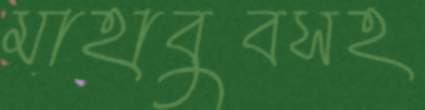
মাহাবুবসহ